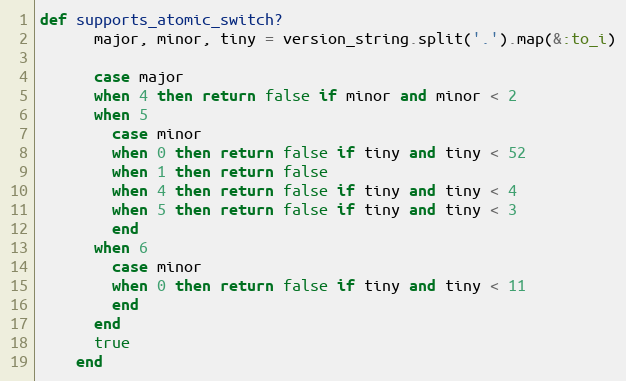
Language: Ruby
def supports_atomic_switch?
      major, minor, tiny = version_string.split('.').map(&:to_i)

      case major
      when 4 then return false if minor and minor < 2
      when 5
        case minor
        when 0 then return false if tiny and tiny < 52
        when 1 then return false
        when 4 then return false if tiny and tiny < 4
        when 5 then return false if tiny and tiny < 3
        end
      when 6
        case minor
        when 0 then return false if tiny and tiny < 11
        end
      end
      true
    end